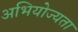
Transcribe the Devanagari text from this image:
अभियोज्यता